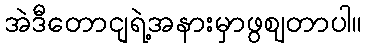
အဲဒီတောငျရဲ့အနားမှာဖွဈတာပါ။